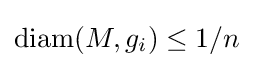
{\rm {diam}}(M,g_{i})\leq 1/n